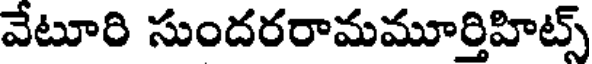
వేటూరి సుందరరామమూర్తిహిట్స్